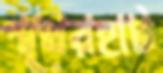
পথেরহাট